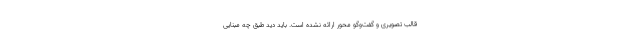
قالب تصویری و گفت‌وگو محور ارائه نشده است. باید دید طبق چه مبنایی